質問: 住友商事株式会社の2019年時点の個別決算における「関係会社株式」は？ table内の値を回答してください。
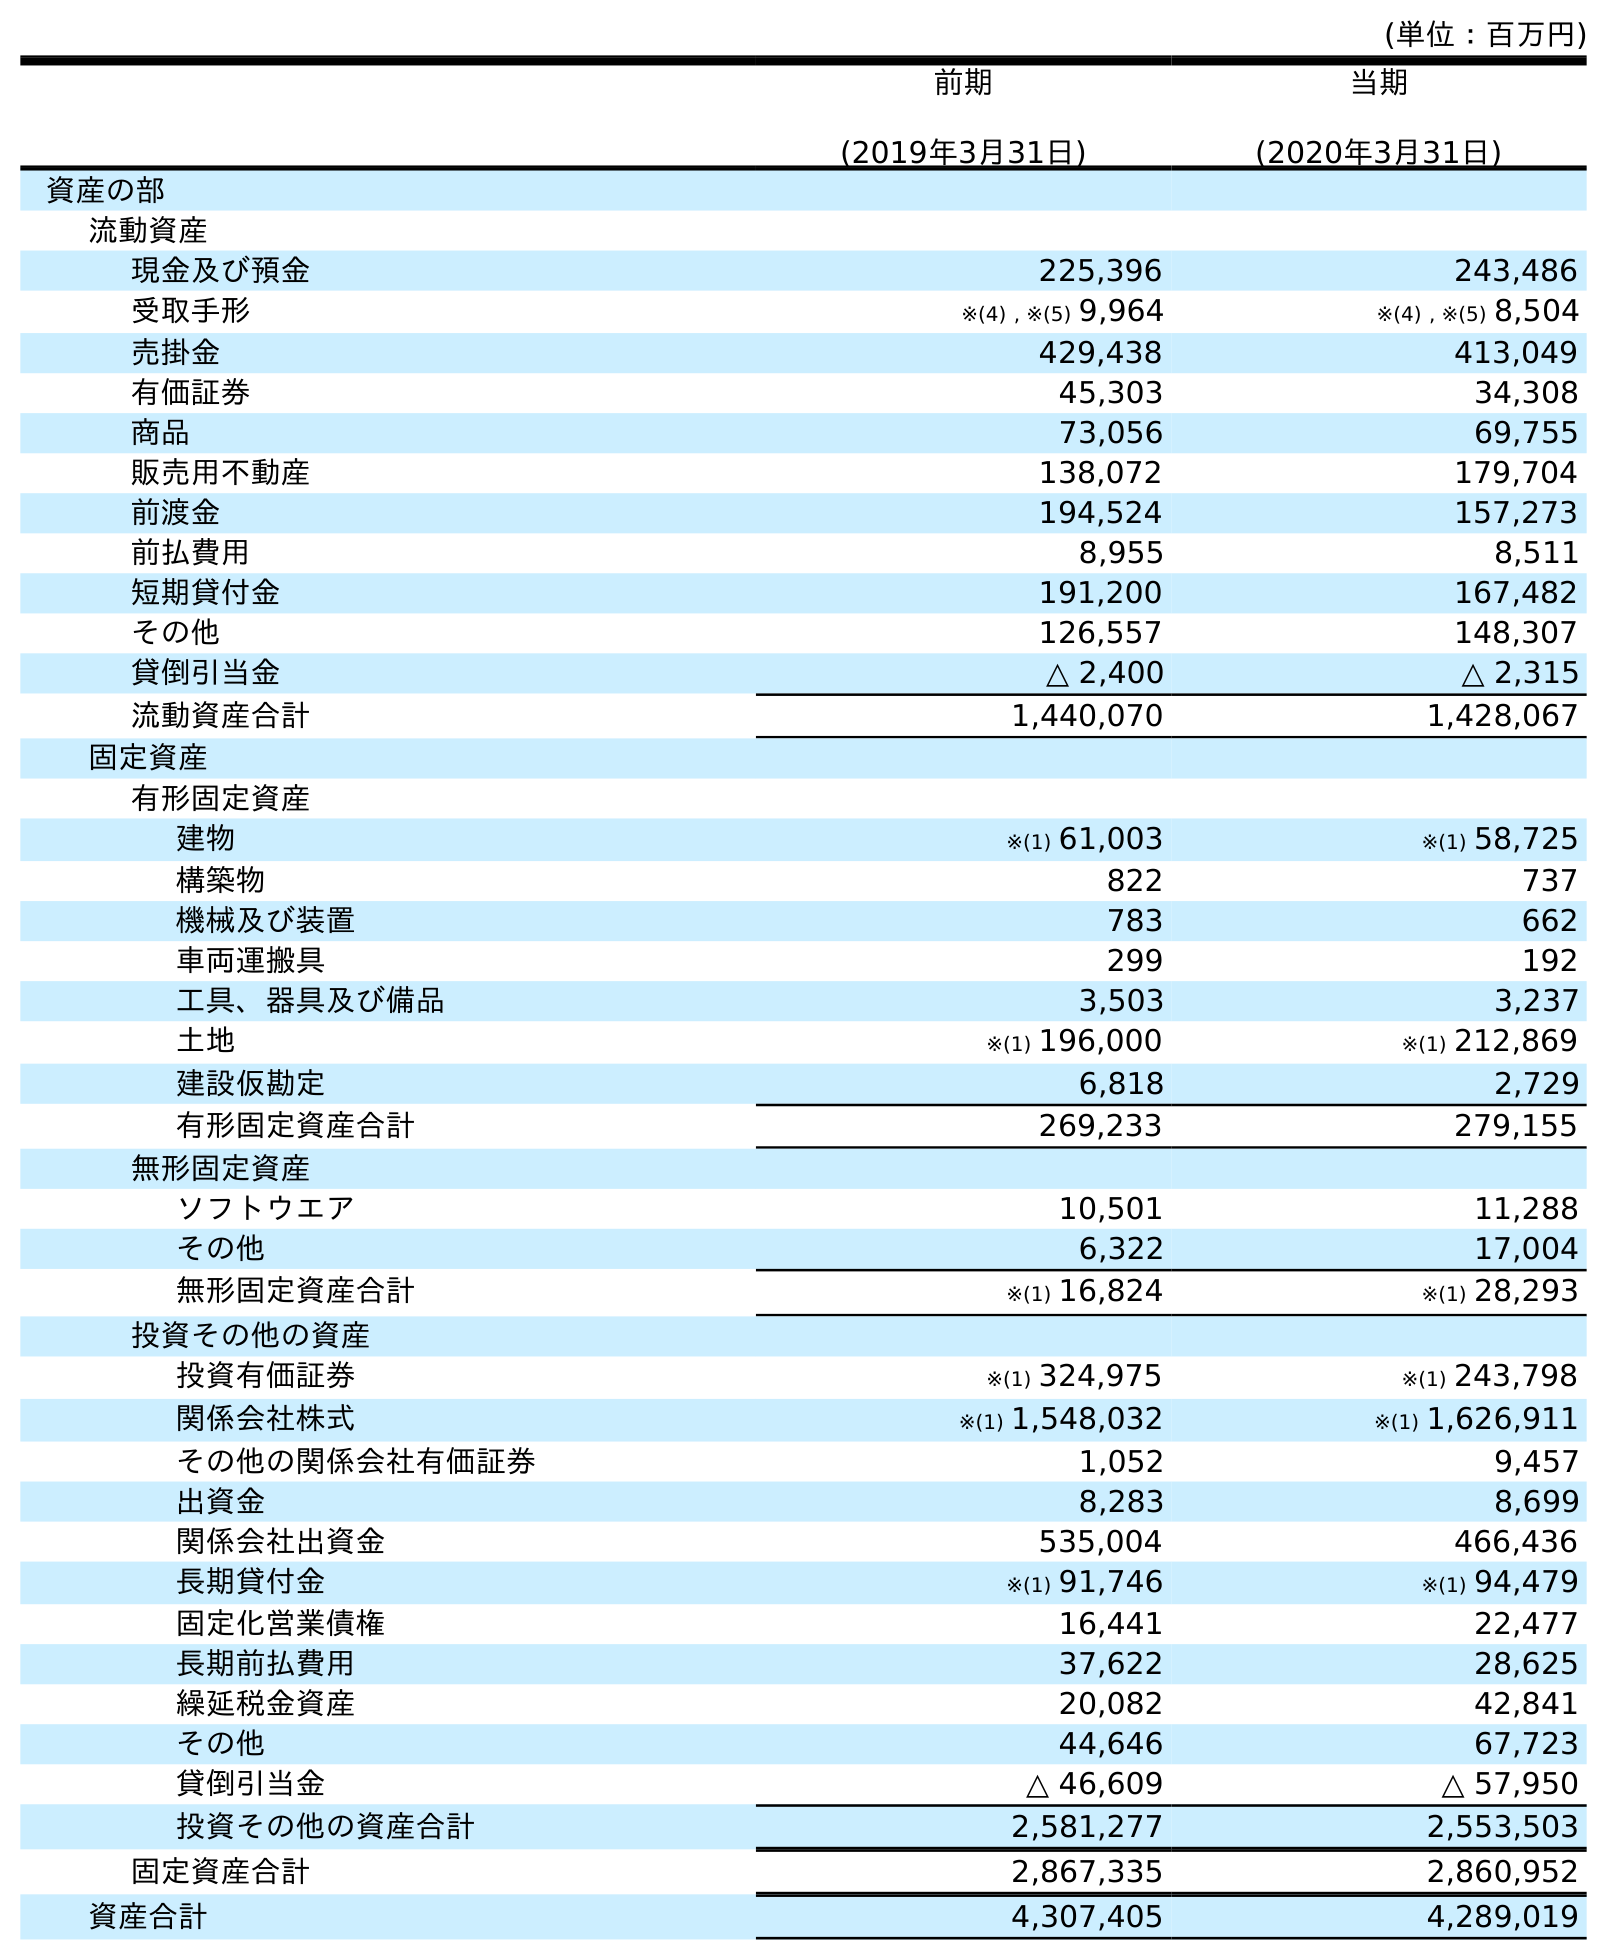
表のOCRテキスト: (単位：百万円) 前期 (2019年3月31日) 当期 (2020年3月31日) 資産の部 流動資産 現金及び預金 225,396 243,486 受取手形 ※(4) , ※(5) 9,964 ※(4) , ※(5) 8,504 売掛金 429,438 413,049 有価証券 45,303 34,308 商品 73,056 69,755 販売用不動産 138,072 179,704 前渡金 194,524 157,273 前払費用 8,955 8,511 短期貸付金 191,200 167,482 その他 126,557 148,307 貸倒引当金 △ 2,400 △ 2,315 流動資産合計 1,440,070 1,428,067 固定資産 有形固定資産 建物 ※(1) 61,003 ※(1) 58,725 構築物 822 737 機械及び装置 783 662 車両運搬具 299 192 工具、器具及び備品 3,503 3,237 土地 ※(1) 196,000 ※(1) 212,869 建設仮勘定 6,818 2,729 有形固定資産合計 269,233 279,155 無形固定資産 ソフトウエア 10,501 11,288 その他 6,322 17,004 無形固定資産合計 ※(1) 16,824 ※(1) 28,293 投資その他の資産 投資有価証券 ※(1) 324,975 ※(1) 243,798 関係会社株式 ※(1) 1,548,032 ※(1) 1,626,911 その他の関係会社有価証券 1,052 9,457 出資金 8,283 8,699 関係会社出資金 535,004 466,436 長期貸付金 ※(1) 91,746 ※(1) 94,479 固定化営業債権 16,441 22,477 長期前払費用 37,622 28,625 繰延税金資産 20,082 42,841 その他 44,646 67,723 貸倒引当金 △ 46,609 △ 57,950 投資その他の資産合計 2,581,277 2,553,503 固定資産合計 2,867,335 2,860,952 資産合計 4,307,405 4,289,019
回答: ※(1)1,548,032